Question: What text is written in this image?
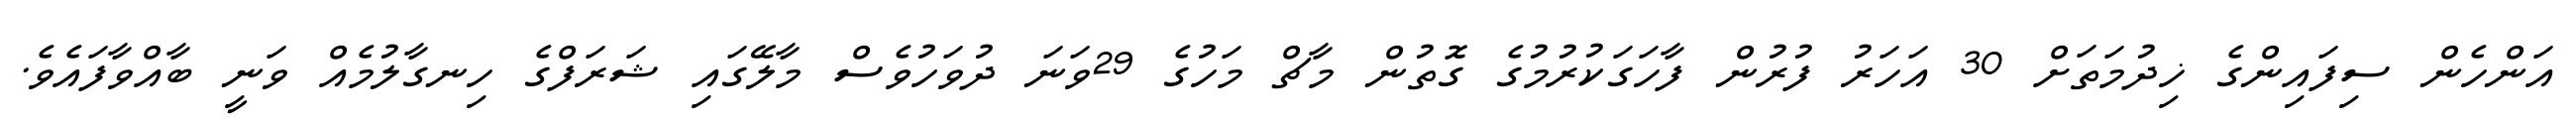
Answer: އަންހެން ސިފައިންގެ ޚިދުމަތަށް 30 އަހަރު ފުރުން ފާހަގަކުރުމުގެ ގޮތުން މާޗް މަހުގެ 29ވަނަ ދުވަހުވެސް މާލޭގައި ޝަރަފްގެ ހިނގާލުމެއް ވަނީ ބާއްވާފައެވެ.